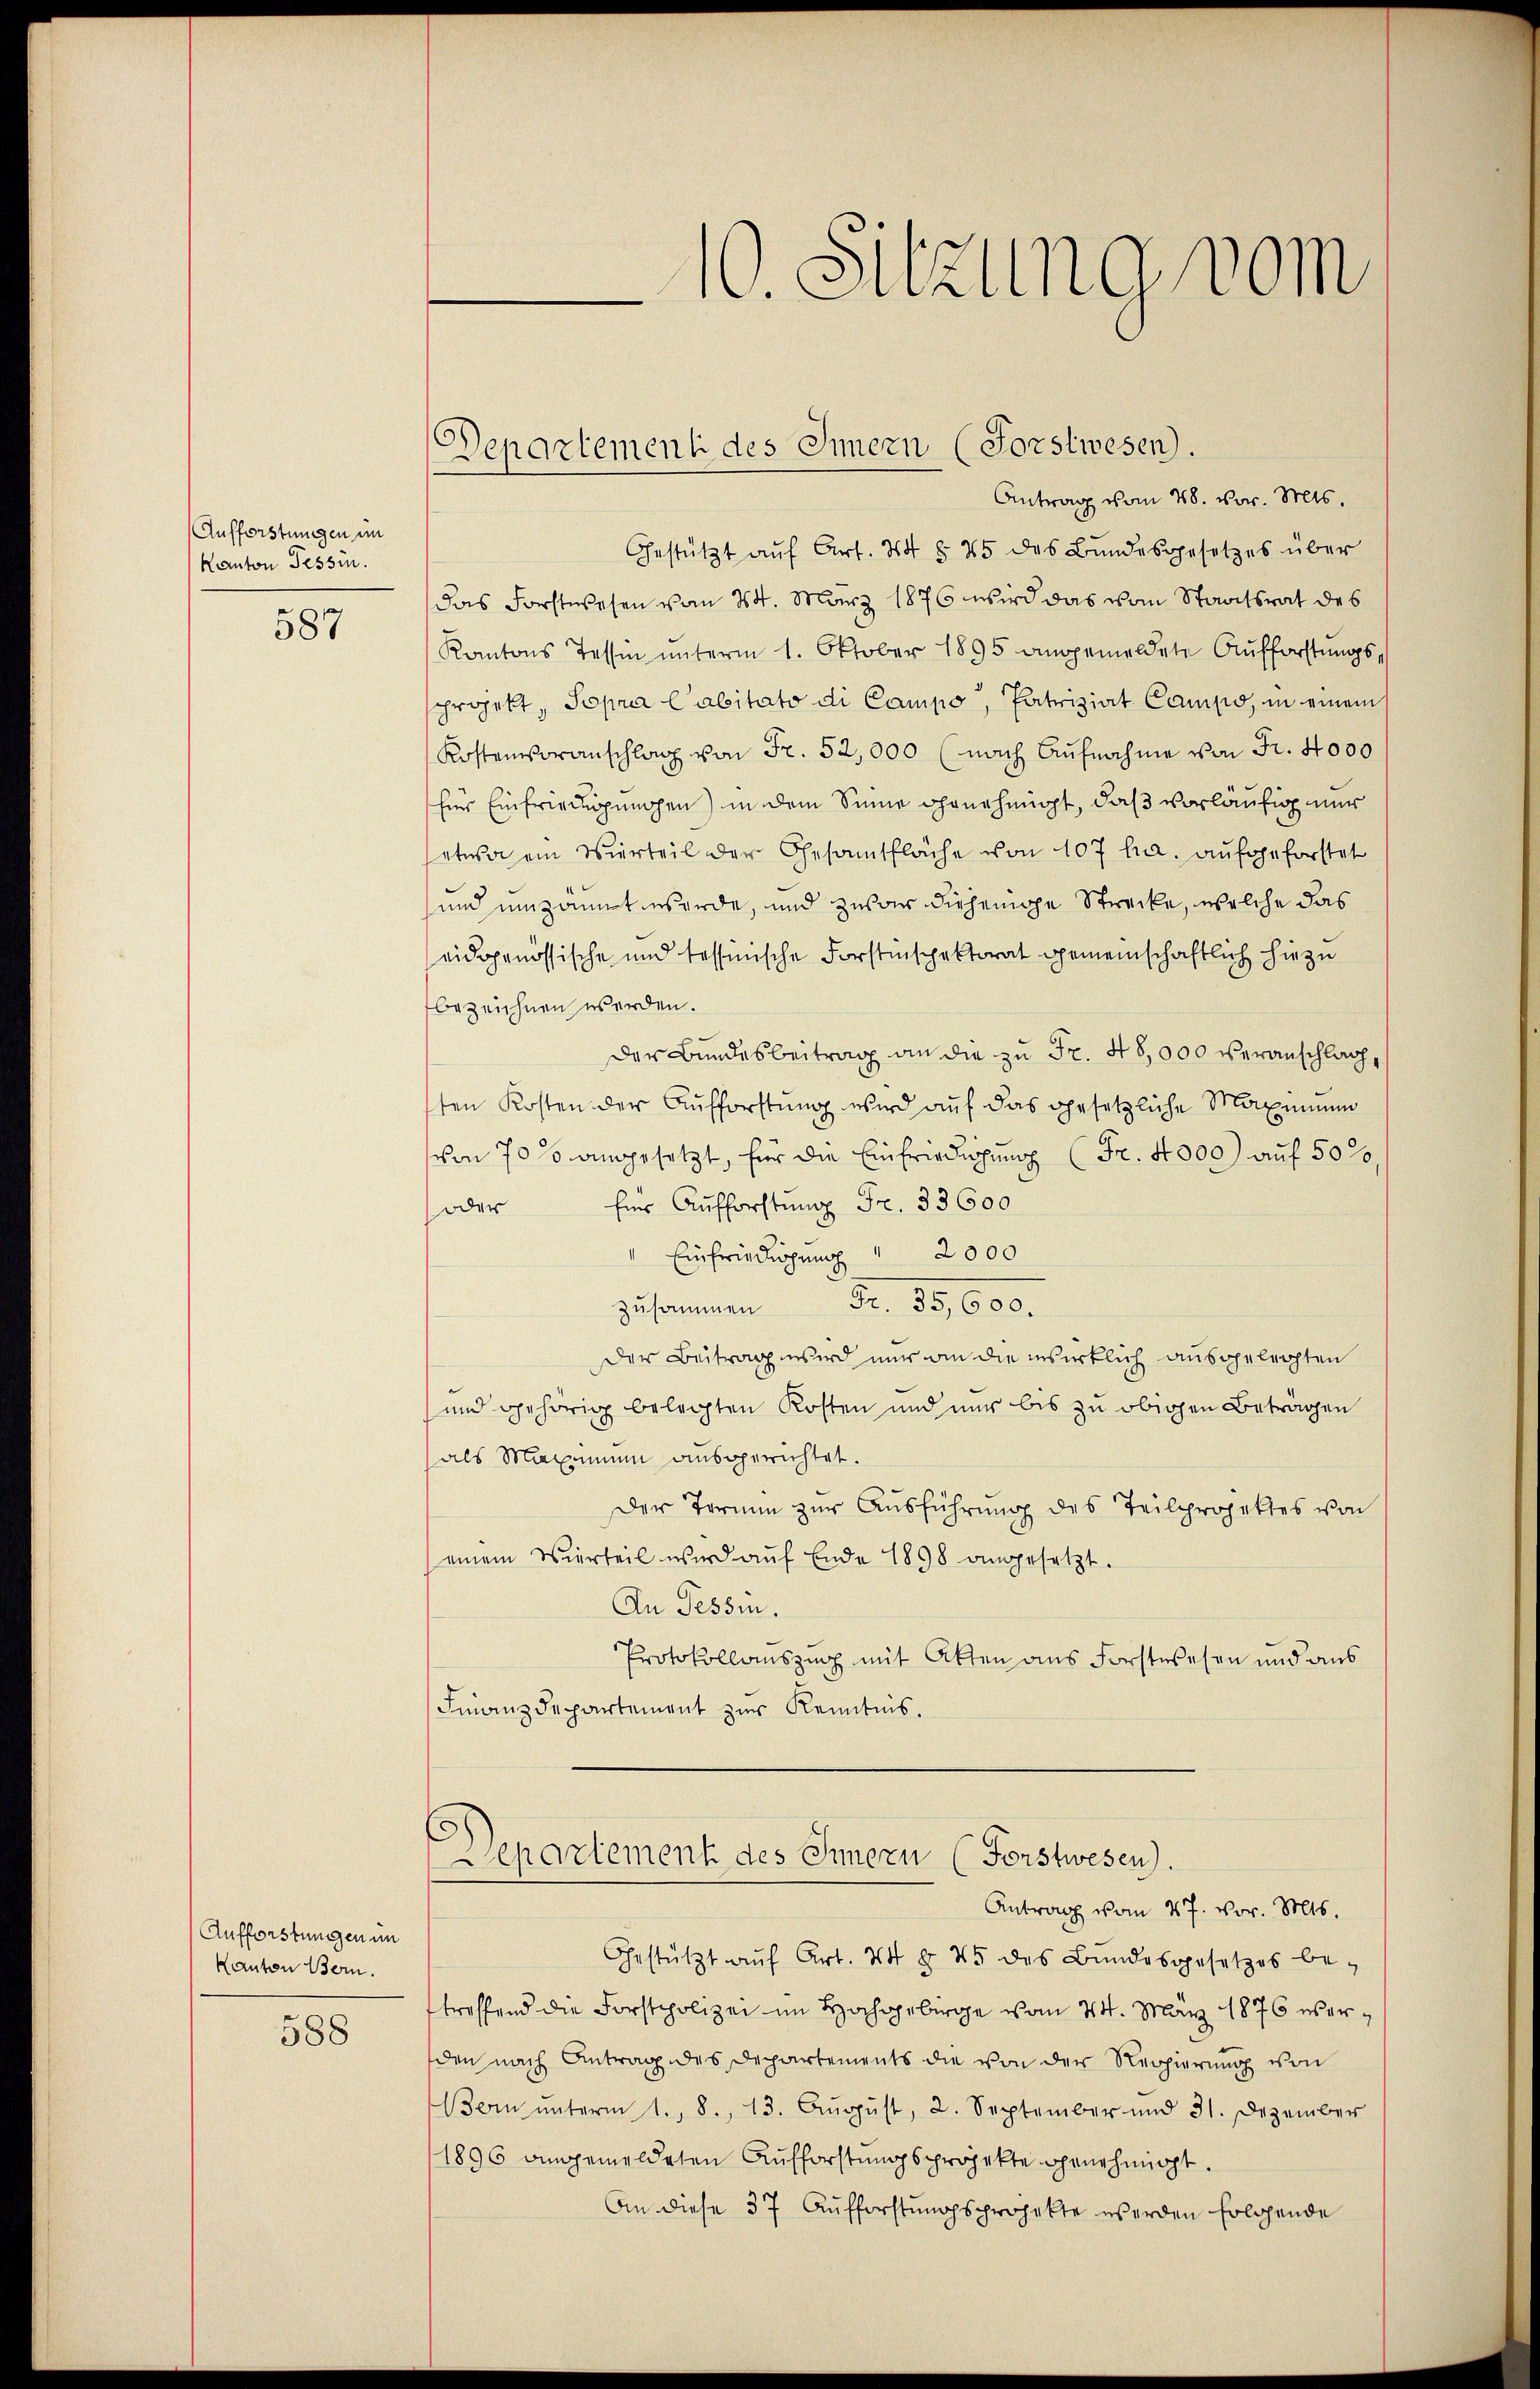
Aufforstungen im
Kanton Tessin.
587

Aufforstungen im
Kanton Bern.

588

10. Sitzung vom

Departement des Innern (Forstwesen.
Antrag vom 28. vor. Mts.

Gestützt aŭf Art. 44 § 25 des Bundesgesetzes über
das Forstwesen vom 24. März 1876 wird das vom Staatsrat des
Kantons Tessin unterm 1. Oktober 1895 angemeldete Aufforstungsprojekt, Sopra Cabitato di Campo, Patriziat Campo, in einem
Kostenvoranschlag von Fr. 52,000 (nach Aufnahme von Fr. 4000
Eine Einfriederungen) in dem Sinne genehmigt, daß vorläufig nur
etwa ein Vierteil der Gesamtfläche von 107 ha. aufgeforstet
und umzäunt werde, und zwar diejenige Strecke, welche das
eidgenössische und tessinische Forstinspektorat gemeinschaftlich hiezu
bezeichnen werden.
Der Bundesbeitrag an die zu Fr. 48,000 veranschlagsten Kosten der Aufforstung wird auf das gesetzliche Maximum
von 70 % angesetzt, für die Einfriedigung (Fr. 4000 auf 50%,
oder für Aufforstung Fr. 33600
Einfriedigung 2000
zusammen Fr. 55, 600.
Der Beitrag wird nur an die insirklich ausgelegten
und gehörig belegten Kosten und nur bis zu obigen Beträgen
als Maximum ausgerichtet.
Der Termin zur Ausführung des Teilprojektes von
einem Vierteil wird aŭf Ende 1898 angesetzt.
An Tessin.
Protokollauszug mit Atten aus Forstwesen und aus
Finanzdepartement zur Kenntnis.
Departement des Innern (Forstwesen).
Antrag vom 27. vor. Mts.
Gestützt aŭf Art. 74 § 45 des Bundesgesetzes be-
treffend die Forstpolizei im Hochgebirge vom 24. März 1876 werden nach Antrag des Departements die von der Regierung von
Bern ŭnterm 1., 8. 13. Aŭgŭst, 2. September und 31. Dezember
1896 angemeldeten Aufforstungsprojekte genehmigt.
An diese 37 Aufforstungsprojekte werden Eolgende